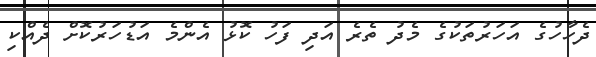
ދެހާހުގެ އަހަރުތަކުގެ މެދު ތެރެ އަދި ފަހު ކޮޅު އެންމެ އަޑުހަރުކޮށް ދެއްކި